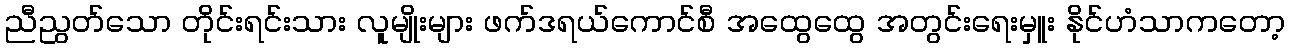
ညီညွတ်သော တိုင်းရင်းသား လူမျိုးများ ဖက်ဒရယ်ကောင်စီ အထွေထွေ အတွင်းရေးမှူး နိုင်ဟံသာကတော့